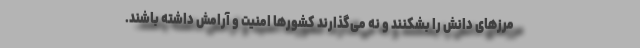
مرزهای دانش را بشکنند و نه می‌گذارند کشورها امنیت و آرامش داشته باشند.